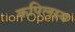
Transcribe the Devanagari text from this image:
कपिलस्य